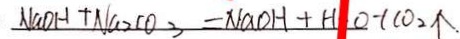
N a O H + N a 2 C O _ { 3 } = N a O H + H O + C O _ { 2 } \uparrow .